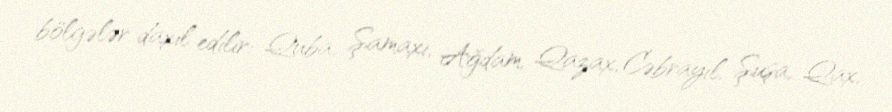
bölgələr daxil edilir: Quba, Şamaxı, Ağdam, Qazax, Cəbrayıl, Şuşa, Qax,